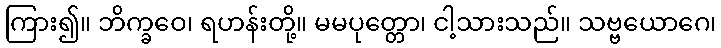
ကြား၍။ ဘိက္ခဝေ၊ ရဟန်းတို့။ မမပုတ္တော၊ ငါ့သားသည်။ သဗ္ဗယောဂေ၊